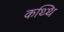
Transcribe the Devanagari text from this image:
कथ्थि